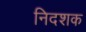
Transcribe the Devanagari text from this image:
निदशक